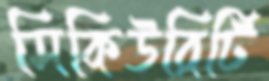
সিকিউরিটি